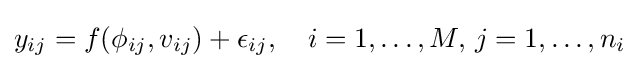
{y}_{ij}=f(\phi _{ij},{v}_{ij})+\epsilon _{ij},\quad i=1,\ldots ,M,\,j=1,\ldots ,n_{i}